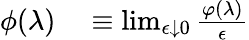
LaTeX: \begin{array}{rl}{\phi(\lambda)}&{{}\equiv\operatorname*{lim}_{\epsilon\downarrow 0}\frac{\varphi(\lambda)}{\epsilon}}\end{array}